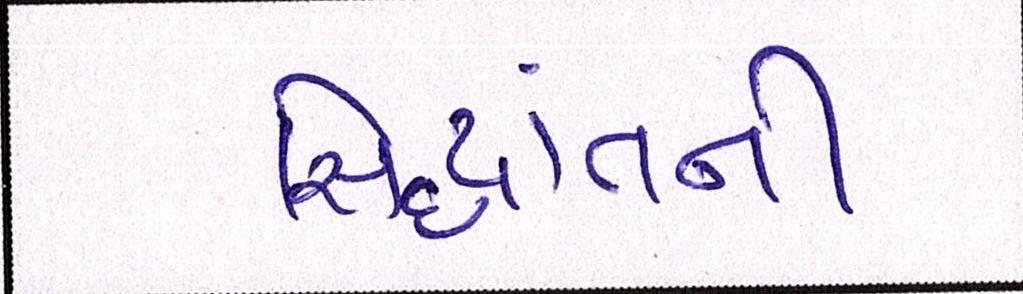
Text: સિદ્ધાંતની